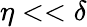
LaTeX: \eta<<\delta